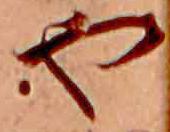
や